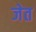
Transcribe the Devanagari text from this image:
जेत